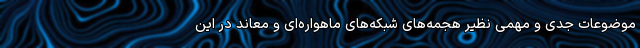
موضوعات جدی و مهمی نظیر هجمه‌های شبکه‌های ماهواره‌ای و معاند در این